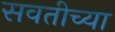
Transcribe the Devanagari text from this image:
सवतीच्या